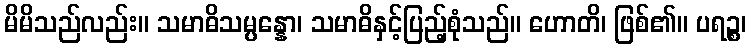
မိမိသည်လည်း။ သမာဓိသမ္ပန္နော၊ သမာဓိနှင့်ပြည့်စုံသည်။ ဟောတိ၊ ဖြစ်၏။ ပရဉ္စ၊